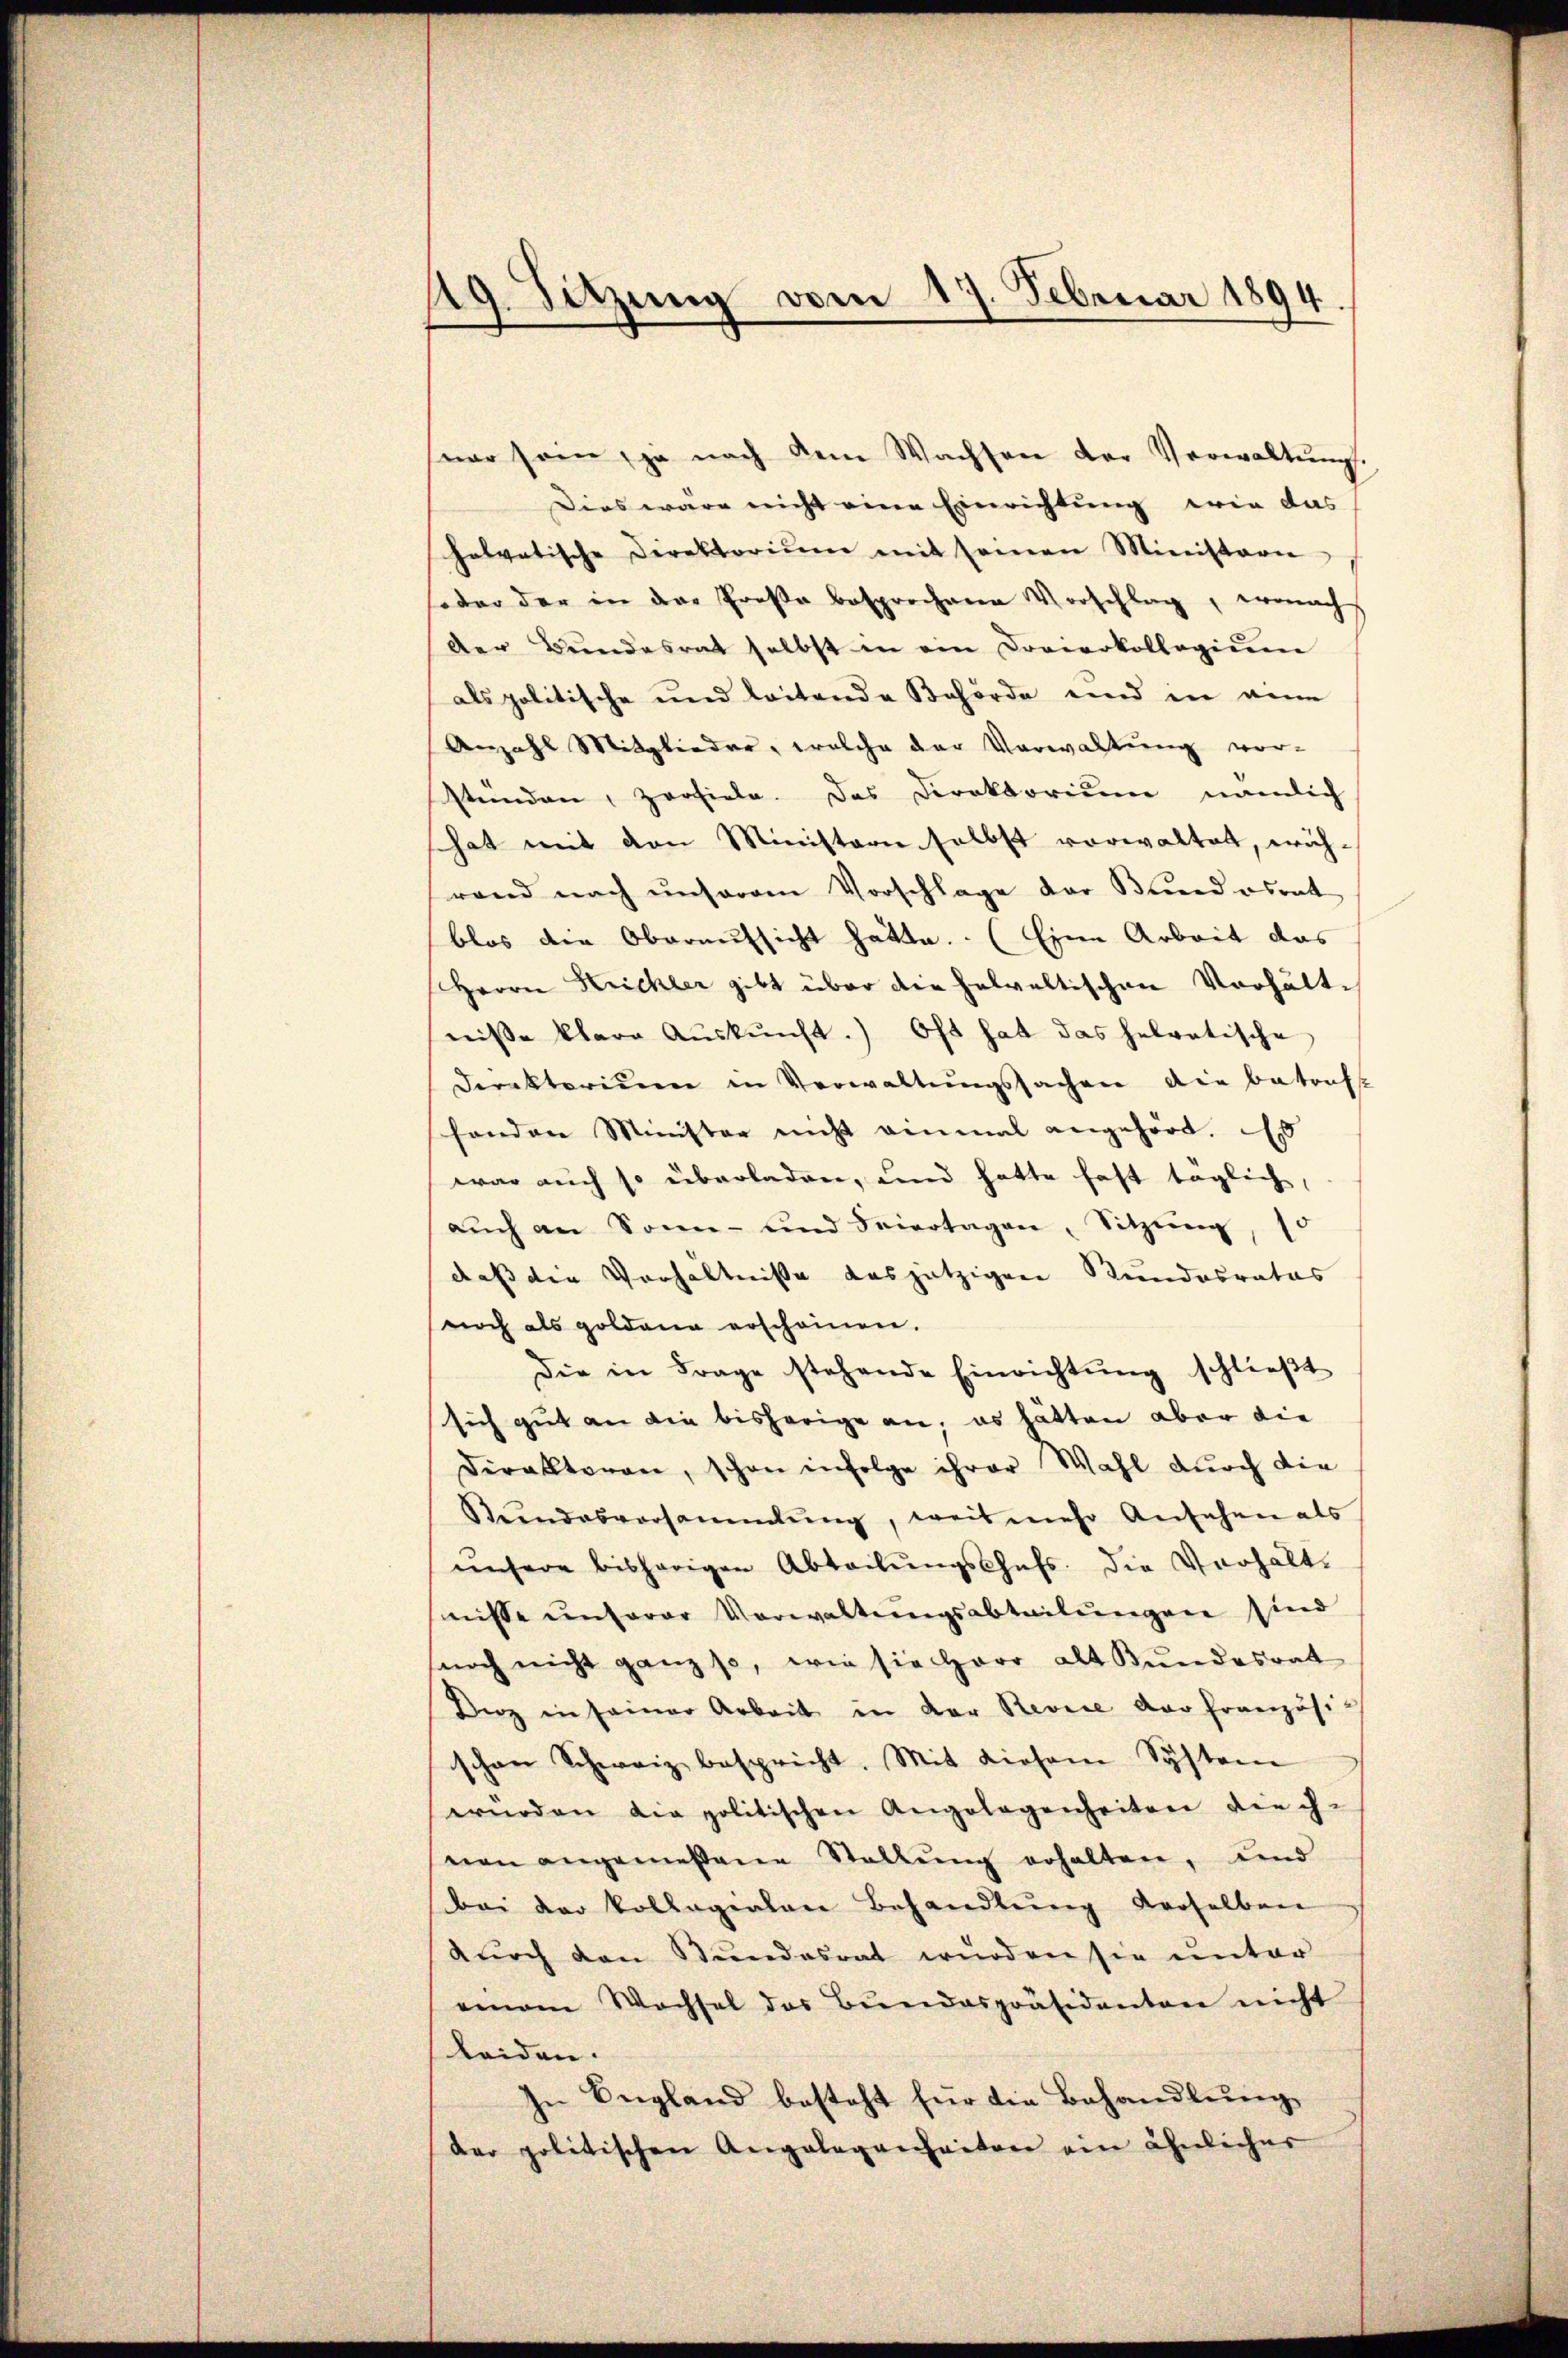
19. Sitzung vom 17. Februar 1894

war sein, ja nach dem Wachsen der Verwaltŭng.
Dies wäre nicht eine Einrichtung wie das
helvetische Direktoriŭm mit seinen Ministerie
oder der in der Große besprochene Vorschlag, wonach
der Bŭndesrat selbst in ein Dreierkollegiŭm
als politische und leitende Behörde und in den
Anzahl Mitglieder, welche der Verwaltung vor-
stünden, zerfiele. Das Direktorium nämlich
hat mit den Ministerie selbst vorwaltet, wäh-
rand nach unserem Vorschlage der Bundesrat
blos die Oberaussicht hätte. (Eine Arbeit das
Herrn Krickler gibt über die helvaltischen Verhält-
nisse klare Aŭskŭnft. Oft hat das helvetische
Direktorium in Verwaltungssachen die betraft
henden Minister nicht einmal angehört. Es
war auch so überladen, und hatte fast täglich,
aŭch an Sonn- und Feiertagen, Sitzŭng, 10
dass die Verhältnisse das jetzigen Bundesrates
noch als goldena erscheinen.
Die in Frage stehende Einrichtŭng schlieβt
sich gut an die bisherige an, es hätten aber die
deralltaren, schon infolge ihrer Wahl durch die
Stŭndesversammlung, weis mehr Ansehen als
unsere bisherigen Abteilungschefs, die Verhältnisse unserer Vorwaltŭngsabteilŭngen sind
noch nicht ganz so, wie sie Herr alt Bundesrat
Dirz in seiner Arbeit in der Revice der französi-
schon Schweiz bespricht. Mit diesem Systeme
ernoden die politischen Angelegenheiten die ih-
nen angemessene Stellung erhalten, und
bei der Vollegialen Behandlŭng derselben
dŭrch den Stundesrat wurden sie unter
einem Wachsel des Bŭndespräsidenten nicht
leiden.
In England besteht für die Behandlung
der politischen Angelegenheiten ein ähnlicher